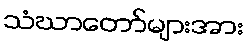
သံဃာတော်များအား